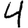
Digit: 4